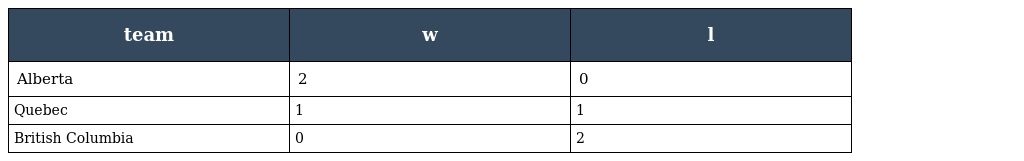
| team | w | l |
 | --- | --- | --- |
 | Alberta | 2 | 0 |
 | Quebec | 1 | 1 |
 | British Columbia | 0 | 2 |